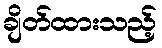
ချိတ်ထားသည့်